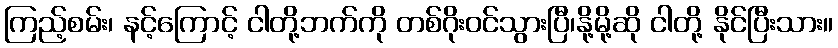
ကြည့်စမ်း၊ နင့်ကြောင့် ငါတို့ဘက်ကို တစ်ဂိုးဝင်သွားပြီ၊နို့မို့ဆို ငါတို့ နိုင်ပြီးသား။